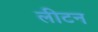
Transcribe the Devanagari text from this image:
लीटन